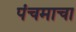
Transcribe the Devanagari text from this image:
पंचमाचा